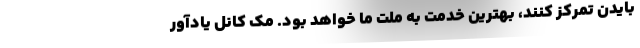
بایدن تمرکز کنند، بهترین خدمت به ملت ما خواهد بود. مک کانل یادآور